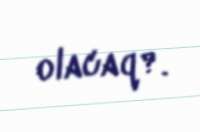
olacaq?.